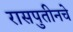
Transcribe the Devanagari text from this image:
रासपुतीनचे